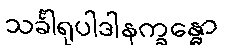
သင်္ခါရုပါဒါနက္ခန္ဓော